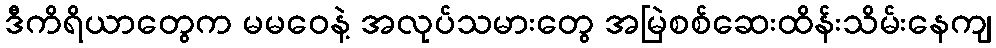
ဒီကိရိယာတွေက မမဝေနဲ့ အလုပ်သမားတွေ အမြဲစစ်ဆေးထိန်းသိမ်းနေကျ